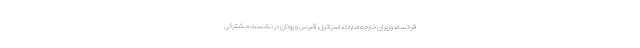
فرانسه، وزیران خارجه امارات، اسرائیل، قبرس و یونان در نشست مشترکی